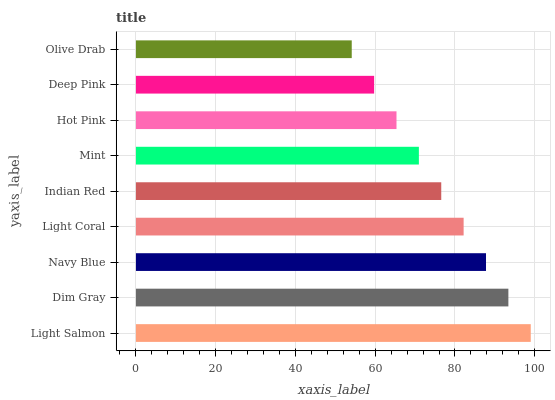
| yaxis_label | bars |
 | --- | --- |
 | Light Salmon | 99 |
 | Dim Gray | 93.4 |
 | Navy Blue | 87.8 |
 | Light Coral | 82.2 |
 | Indian Red | 76.6 |
 | Mint | 70.9 |
 | Hot Pink | 65.3 |
 | Deep Pink | 59.7 |
 | Olive Drab | 54.1 |